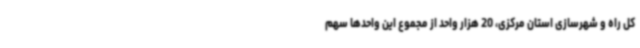
کل راه و شهرسازی استان مرکزی، 20 هزار واحد از مجموع این واحدها سهم